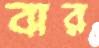
বার